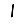
Digit: 1